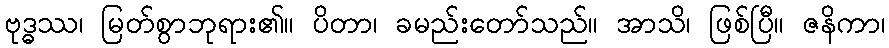
ဗုဒ္ဓဿ၊ မြတ်စွာဘုရား၏။ ပိတာ၊ ခမည်းတော်သည်။ အာသိ၊ ဖြစ်ပြီ။ ဇနိကာ၊